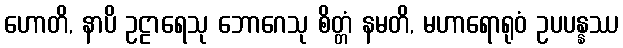
ဟောတိ, နာပိ ဥဠာရေသု ဘောဂေသု စိတ္တံ နမတိ, မဟာရောရုဝံ ဥပပန္နဿ